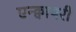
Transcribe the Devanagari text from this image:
एन्क्वायरी